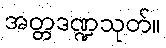
အတ္တဒဏ္ဍသုတ်။